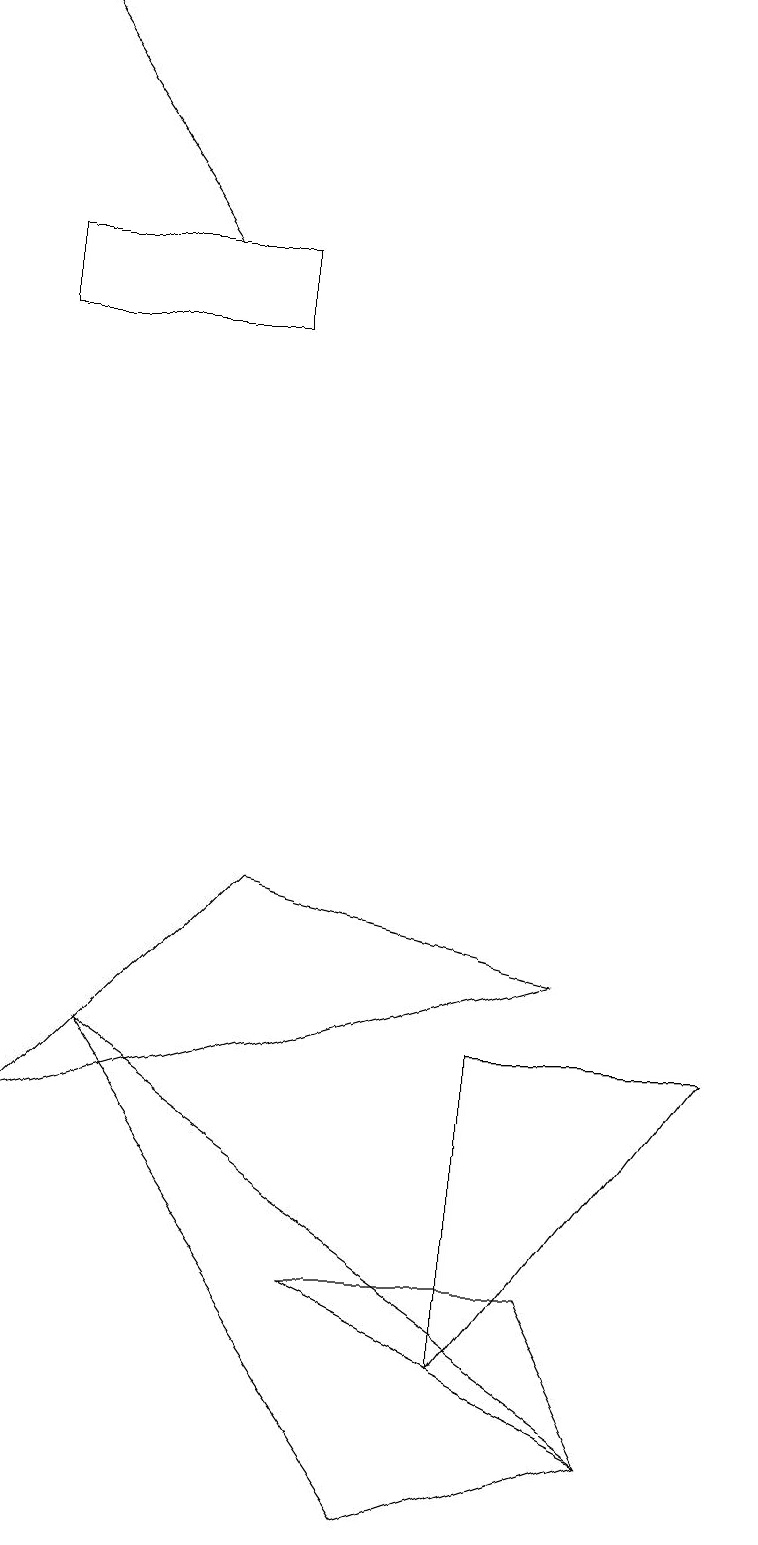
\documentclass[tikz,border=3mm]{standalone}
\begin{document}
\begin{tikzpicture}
\draw (1,6) -- (5,0) -- (8,1) -- cycle;
\draw (6,2) -- (9,6) -- (6,6) -- cycle;
\draw (3,16) rectangle (0,15);
\draw (3,8) -- (0,5) -- (7,7) -- cycle;
\draw (8,1) -- (4,3) -- (7,3) -- cycle;
\draw[->] (2,16) -- (0,19);
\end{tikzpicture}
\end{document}